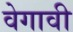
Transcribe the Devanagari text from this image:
वेगावी